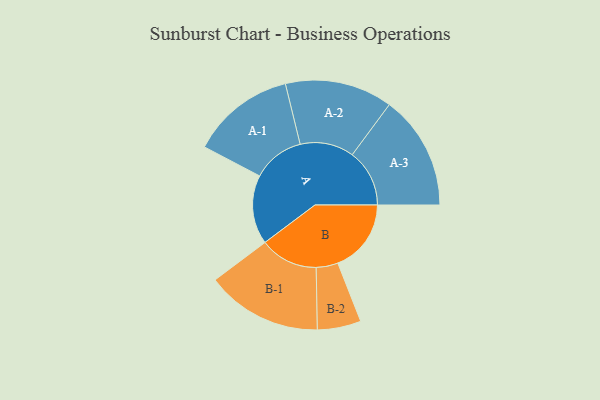
{"axis": {"x": "Segment", "y": "Value"}, "legend": ["", "A", "B"], "data": [{"x": "A", "y": 339, "type": ""}, {"x": "B", "y": 360, "type": ""}, {"x": "A-1", "y": 255, "type": "A"}, {"x": "A-2", "y": 264, "type": "A"}, {"x": "A-3", "y": 281, "type": "A"}, {"x": "B-1", "y": 285, "type": "B"}, {"x": "B-2", "y": 107, "type": "B"}]}